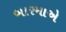
બારમાએ